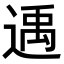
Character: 𨕘